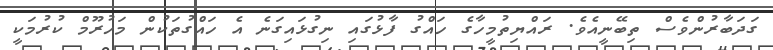
ގަދަބާރުންވެސް ތިބޭނީއެވެ. ރައްޔިތުމީހާގެ ހައްގު ފާޅުގައި ނިގުޅައިގަނެ އެ ހައްގުތަކުން މަހުރޫމް ކުރުމަކީ